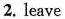
2. leave